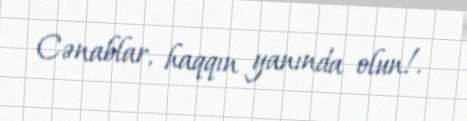
Cənablar, haqqın yanında olun!.